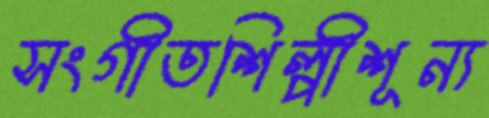
সংগীতশিল্পীশূন্য